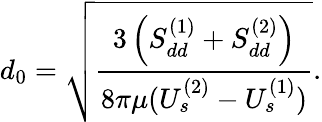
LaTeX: d_{0}=\sqrt{\frac{3\left(S_{dd}^{(1)}+S_{dd}^{(2)}\right)}{8\pi\mu(U_{s}^{(2)}-U_{s}^{(1)})}}.